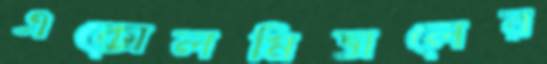
এক্সেলমিত্তালের